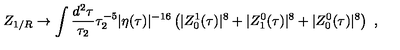
Z _ { 1 / R } \to \int \frac { d ^ { 2 } \tau } { \tau _ { 2 } } \tau _ { 2 } ^ { - 5 } | \eta ( \tau ) | ^ { - 1 6 } \left( | Z _ { 0 } ^ { 1 } ( \tau ) | ^ { 8 } + | Z _ { 1 } ^ { 0 } ( \tau ) | ^ { 8 } + | Z _ { 0 } ^ { 0 } ( \tau ) | ^ { 8 } \right) \ ,